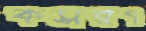
কসরৎ